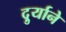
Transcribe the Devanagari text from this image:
दुर्र्याने